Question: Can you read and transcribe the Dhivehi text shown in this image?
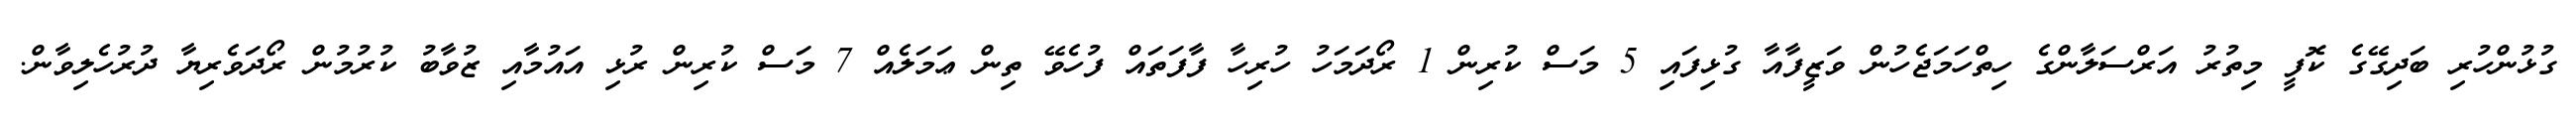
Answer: ގުޅުންހުރި ބަދިގޭގެ ކޮފީ މިތުރު އަރްސަލާންގެ ހިތްހަމަޖެހުން ވަޒީފާއާ ގުޅިފައި 5 މަސް ކުރިން 1 ރޯދަމަހު ހުރިހާ ފާފަތައް ފުހެވޭ ތިން ޢަމަލެއް 7 މަސް ކުރިން ރުޅި އައުމާއި ޒުވާބު ކުރުމުން ރޯދަވެރިޔާ ދުރުހެލިވާން.